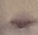
Text: +